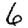
Digit: 6